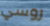
روسي